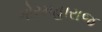
ગોરમહારાજ